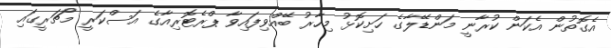
އެގޮތުން އެކަން ކުރާނީ މަންޑޭލާގެ ހަށިކޮޅު މިހާރު ބޭއްވިފައިވާ ޕްރެޓޮރިއާގެ އަސްކަރީ މޯޗަރީގައި